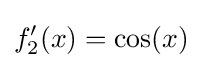
f_{2}'(x)=\cos(x)